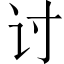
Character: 讨